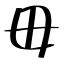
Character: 毋